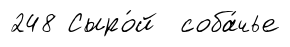
248 Сыро́й соба́чье